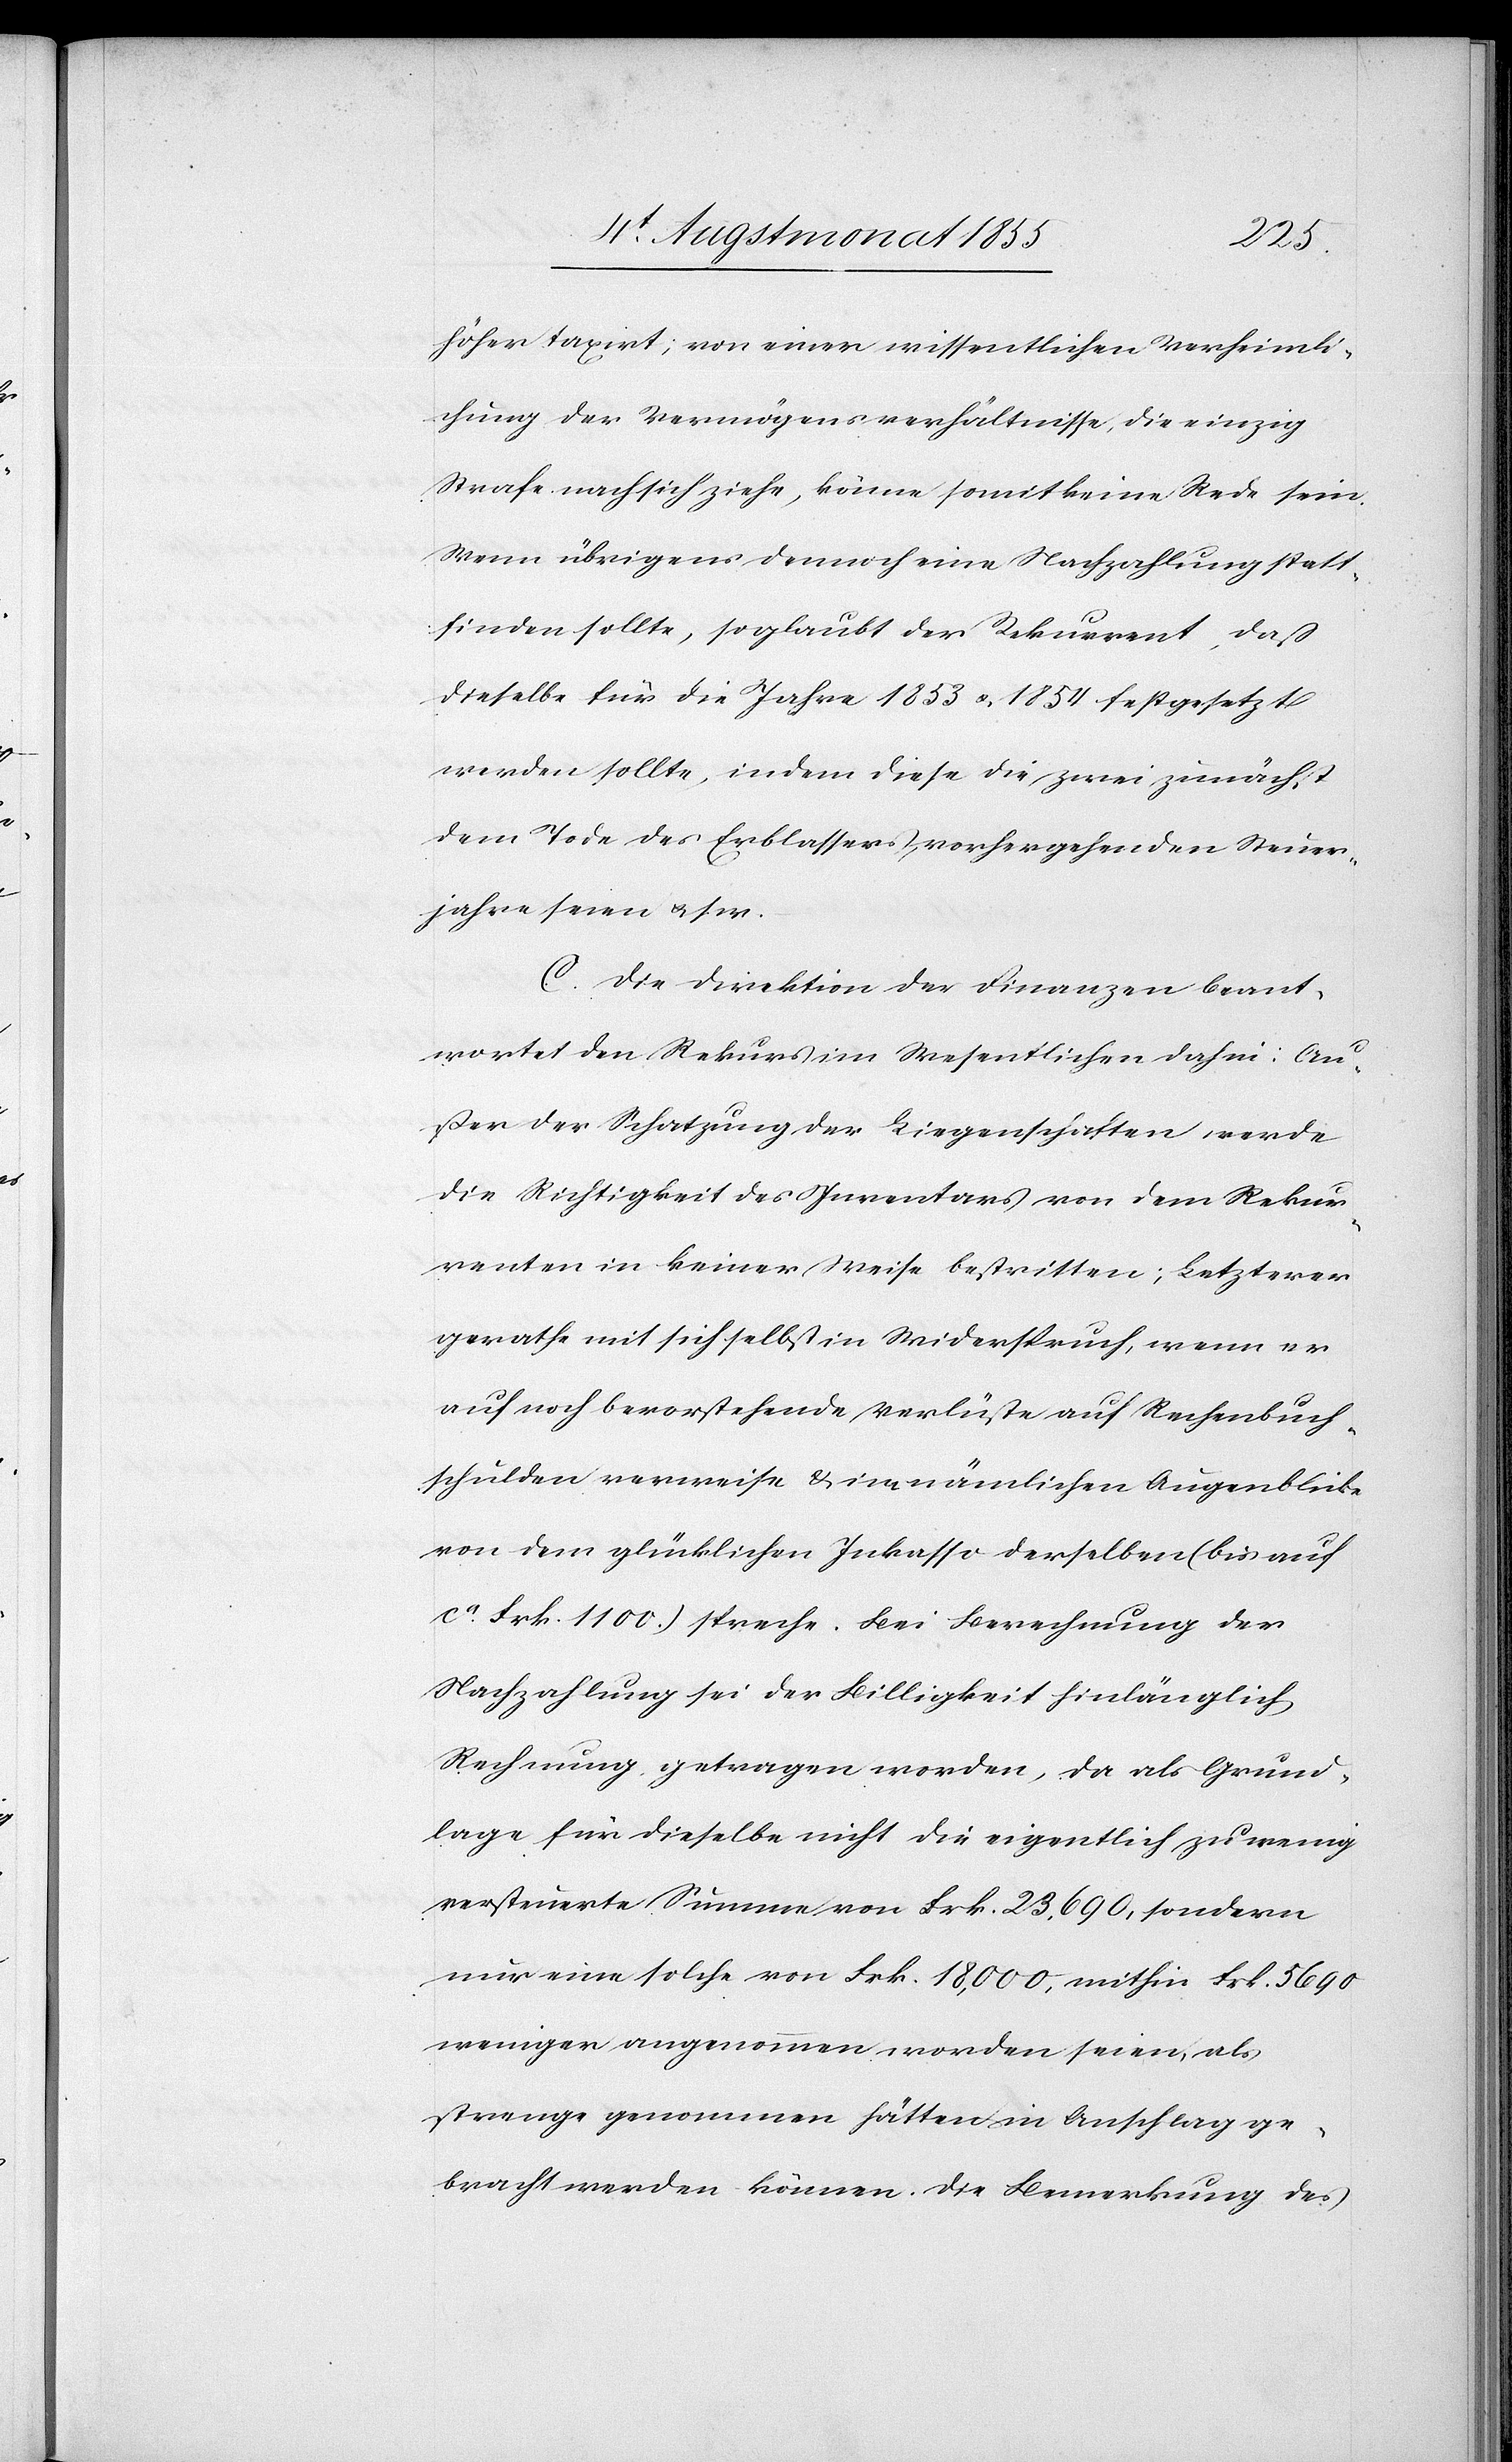
höher taxirt; von einer wissentlichen Verheimli¬
chung der Vermögensverhältnisse, die einzig
Strafe nach sich ziehe, könne somit keine Rede sein.
Wenn übrigens dennoch eine Nachzahlung statt¬
finden sollte, so glaubt der Rekurrent, daß
dieselbe für die Jahre 1853 & 1854 festgesetzt
werden sollte, indem diese die zwei zunächst
dem Tode des Erblassers, vorhergehenden Steuer¬
jahre seien & s. w.
C. Die Direktion der Finanzen beant¬
wortet den Rekurs im Wesentlichen dahin: Au¬
ßer der Schatzung der Liegenschaften werde
die Richtigkeit des Inventars von dem Rekur¬
renten in keiner Weise bestritten; Letzterer
gerathe mit sich selbst in Widerspruch, wenn er
auf noch bevorstehende Verlüste auf Rechenbuch¬
schulden verweise & im nämlichen Augenblicke
von dem glücklichen Inkasso derselben (bis auf
ca. Frk. 1100.) spreche. Bei Berechnung der
Nachzahlung sei der Billigkeit hinlänglich
Rechnung getragen worden, da als Grund¬
lage für dieselbe nicht die eigentlich zu wenig
versteuerte Summe von Frk. 23,690, sondern
nur eine solche von Frk. 18,000, mithin Frk. 5690
weniger angenommen worden seien, als
strenge genommen hätten in Anschlag ge¬
bracht werden können. Die Bemerkung des